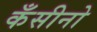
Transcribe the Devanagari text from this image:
कँसीनो